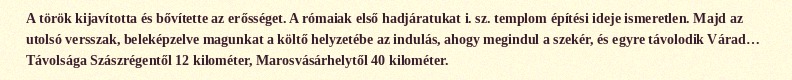
A török kijavította és bővítette az erősséget. A rómaiak első hadjáratukat i. sz. templom építési ideje ismeretlen. Majd az utolsó versszak, beleképzelve magunkat a költő helyzetébe az indulás, ahogy megindul a szekér, és egyre távolodik Várad… Távolsága Szászrégentől 12 kilométer, Marosvásárhelytől 40 kilométer.